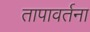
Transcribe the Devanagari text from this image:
तापावर्तना